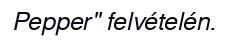
Pepper" felvételén.